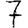
Digit: 7